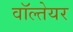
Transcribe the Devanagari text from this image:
वॉल्तेयर